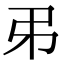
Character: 𢎨